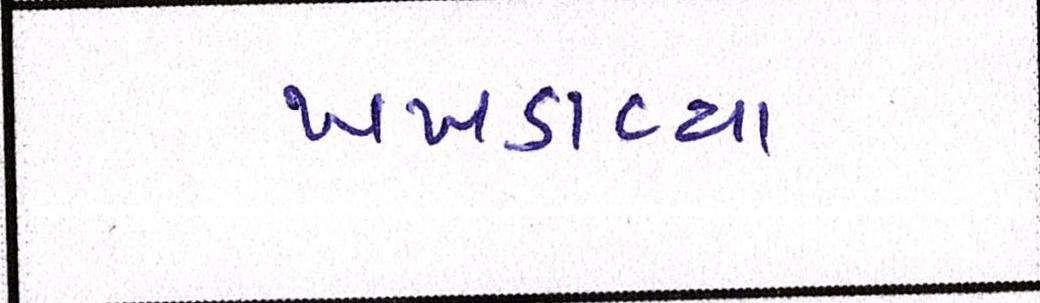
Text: ખખડાવ્યા